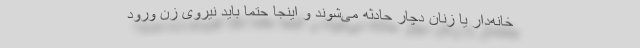
خانه‌دار یا زنان دچار حادثه می‌شوند و اینجا حتماً باید نیروی زن ورود